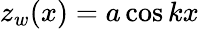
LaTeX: z_{w}(x)=a\cos{kx}